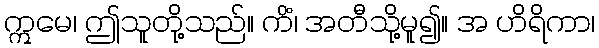
ဣမေ၊ ဤသူတို့သည်။ ကိံ၊ အတီသို့မူ၍။ အ ဟိရိကာ၊